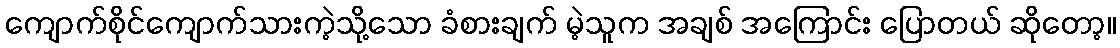
ကျောက်စိုင်ကျောက်သားကဲ့သို့သော ခံစားချက် မဲ့သူက အချစ် အကြောင်း ပြောတယ် ဆိုတော့။